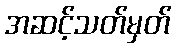
အဆင့်သတ်မှတ်